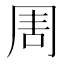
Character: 𠱬